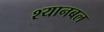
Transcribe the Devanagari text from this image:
श्यानबल